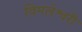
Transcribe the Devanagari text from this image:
विमलेश्वरी